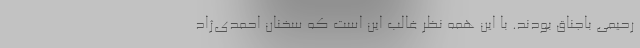
رحیمی باجناق بودند. با این همه نظر غالب این است که سخنان احمدی‌ژاد